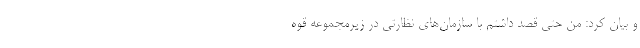
و بیان کرد: من حتی قصد داشتم با سازمان‌های نظارتی در زیرمجموعه قوه